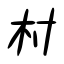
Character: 村